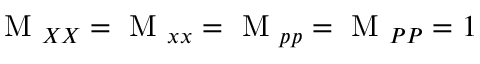
\textrm { M } _ { X X } = \textrm { M } _ { x x } = \textrm { M } _ { p p } = \textrm { M } _ { P P } = 1